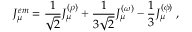
J _ { \mu } ^ { e m } = \frac { 1 } { \sqrt { 2 } } J _ { \mu } ^ { ( \rho ) } + \frac { 1 } { 3 \sqrt { 2 } } J _ { \mu } ^ { ( \omega ) } - \frac { 1 } { 3 } J _ { \mu } ^ { ( \phi ) } \; ,